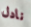
نادل